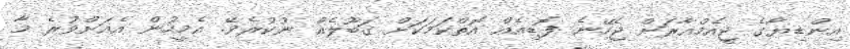
އިންޑިޔާގެ ޖީއެމްއާރަށް ޖެހޭނެ ފޮޑިއެއް އޮތްކަމަކަށް ޤަބޫލެއް ނުކުރެވޭ. އެމީހުން އެއަށްވުރެ މާ